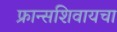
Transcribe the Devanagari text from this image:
फ्रान्सशिवायचा